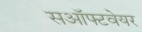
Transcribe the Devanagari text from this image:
सऑफ्टवेयर